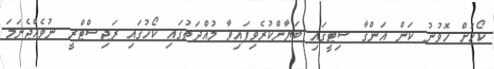
ކޯހަށް ހޮވުނު ކަން އަންގާ ސިޓީގައި ބަޔާންކުރެވިފައިވާ މުއްދަތުގައި ކޯހުގައި ރަޖިސްޓްރީ ނުވެއްޖެނަމަ